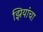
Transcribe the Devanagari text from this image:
झियांचा